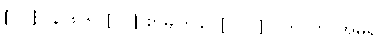
[၀၁] (နိ၊ ၈၆) [၀၂] စာမျက်နှာ [၁၁၁] ဂဟပတိ၊ အိမ်ရှင်